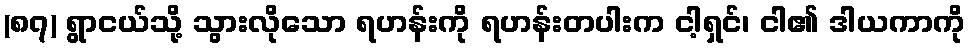
(၈၇) ရွာငယ်သို့ သွားလိုသော ရဟန်းကို ရဟန်းတပါးက ငါ့ရှင်၊ ငါ၏ ဒါယကာကို